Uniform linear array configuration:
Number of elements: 12
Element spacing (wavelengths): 0.25
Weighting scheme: blackman
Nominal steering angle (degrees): -30
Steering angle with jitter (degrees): -28.29
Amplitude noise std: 0.05
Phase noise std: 0.05

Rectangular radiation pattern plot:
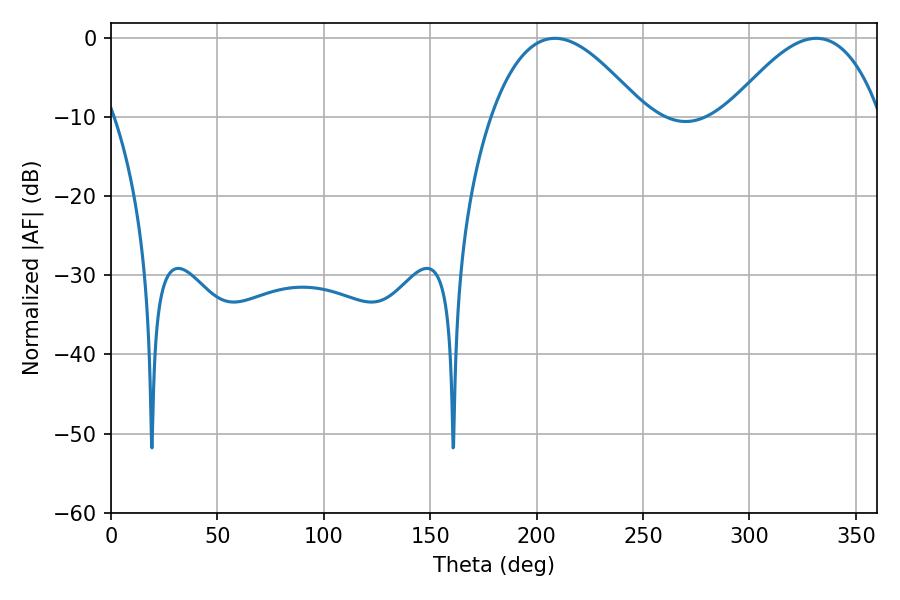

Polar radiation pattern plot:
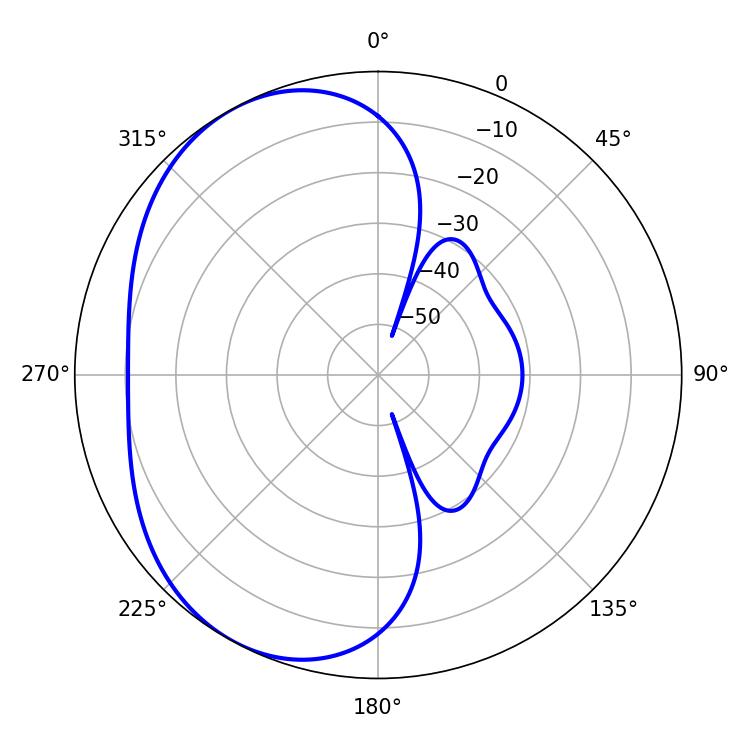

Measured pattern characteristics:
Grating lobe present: FALSE
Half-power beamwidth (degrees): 39.06
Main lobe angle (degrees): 208.62